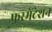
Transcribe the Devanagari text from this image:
फ़रमेंटेशन